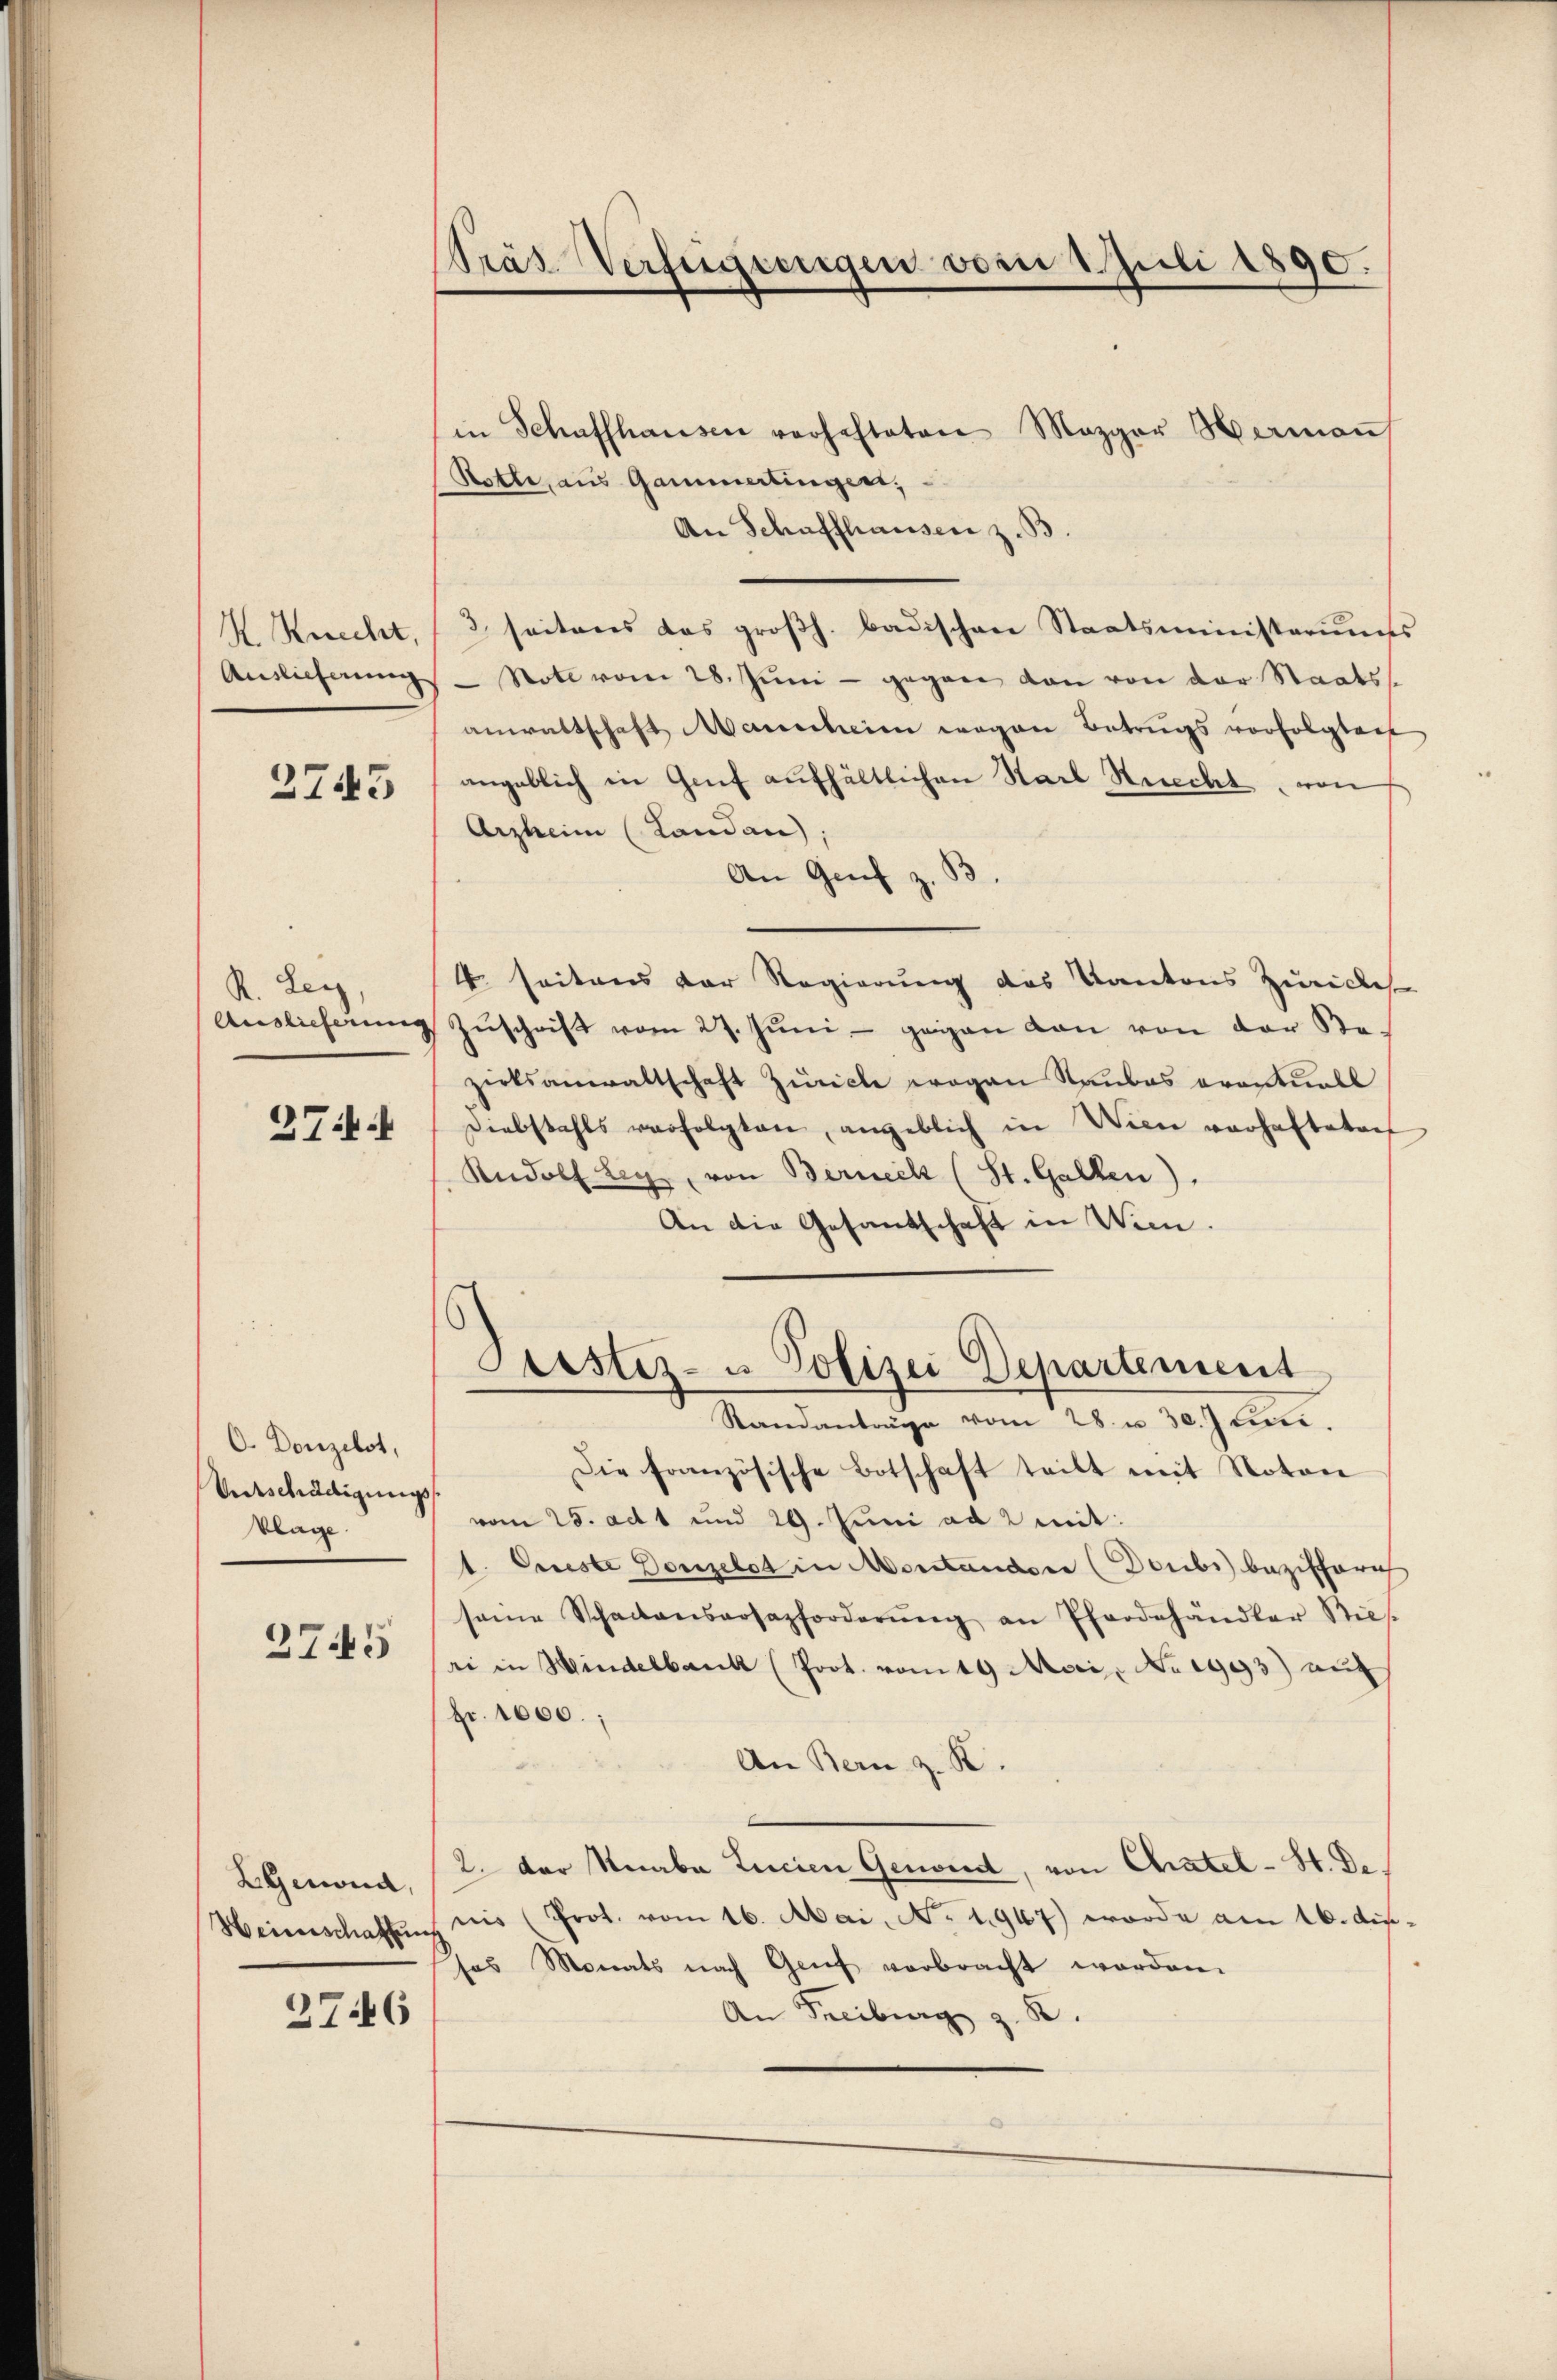
Präs. Verfeigungen vom 1. Juli 1890.

in Schaffhausen verhafteten Mezger Hermaṅ
Rotte, aus Gammertinger,
An Schaffhausen z. B
3 seiteres das großh. badischen Staatsministeriums
Auslieferŭng - Soll vom 28. Jŭni - gegen den von der Staatsanwaltschaft Mauerheim wegen Betrugs vorfolgten
angeblich in Genf aufhältlichen Karl Steckt, von
Arzheim (Landan
An Genf z. S
4. seitens der Regierung des Kantons Zuricles
Zŭschrift vom 27. Jŭni - gegen von von der Be-
zirksanwaltschaft Zürich wegen Raubes eventuell
Diebstahls verfolgten, angeblich in Wien vorhafteten
Rudolf Ley, von Berneck (St. Gallen).
An die Gesandschaft in Wien.
Custiz- u Polizei Departement
Standanträge vom 28. u. 30. Juni.
Die französische Botschaft teilt mit Noton
vom 25. ad 1 und 29. Juni ad 2 mit:
1. Oeste Donzelet in Montandere (Doubs bezifferi
seine Schadensarsazforderŭng an Pferdehändler Ries-
ri in Hindelbank (Poot. vom 19 Mori No 1993) auf
Fr. 1000.;
An Bern z. B.
2. Der Knabe Lucien Genord, von Chatel-St. Denis (Prot. vom 16. Mai, No. 1967) worde am 16. Aus-
sas Monats nach Genf verbracht worden.
An Freiburg z. B.

H. Knecht,

2745

R. Ley,
Auslicherung

27.4

O. Donzilst,
Ventschädigung
klage.

3745

LGeond,
Weinschaftung

2746